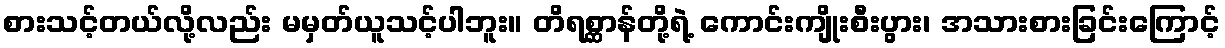
စားသင့်တယ်လို့လည်း မမှတ်ယူသင့်ပါဘူး။ တိရစ္ဆာန်တို့ရဲ့ ကောင်းကျိုးစီးပွား၊ အသားစားခြင်းကြောင့်